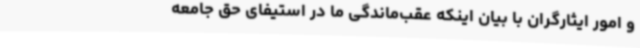
و امور ایثارگران با بیان اینکه عقب‌ماندگی ما در استیفای حق جامعه